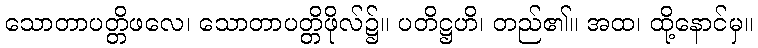
သောတာပတ္တိဖလေ၊ သောတာပတ္တိဖိုလ်၌။ ပတိဋ္ဌဟိ၊ တည်၏။ အထ၊ ထို့နောင်မှ။